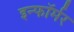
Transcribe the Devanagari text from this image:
इन्फॉर्मर